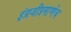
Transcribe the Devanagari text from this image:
इंग्रजीप्रमाणेच